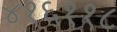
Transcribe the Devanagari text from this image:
४१६११८